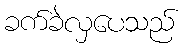
ခက်ခဲလှပေသည်